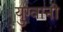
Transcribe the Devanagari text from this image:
युग्वानी